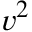
\scriptstyle v ^ { 2 }